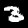
Digit: 3